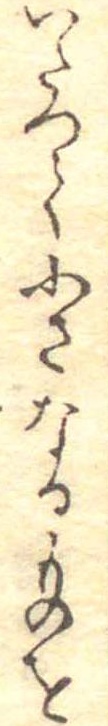
いたつて小さなるものを